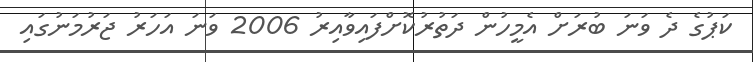
ކަޕުގެ ދެ ވަނަ ބުރަށް އެމީހުން ދަތުރުކޮށްފައިވާއިރު 2006 ވަނަ އަހަރު ޖަރުމަނުގައި